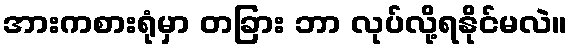
အားကစားရုံမှာ တခြား ဘာ လုပ်လို့ရနိုင်မလဲ။